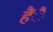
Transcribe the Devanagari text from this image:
हैंै